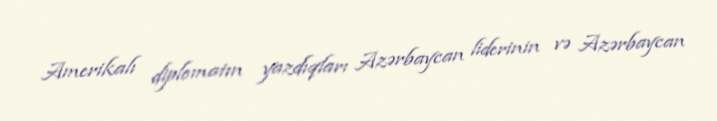
Amerikalı diplomatın yazdıqları Azərbaycan liderinin və Azərbaycan